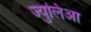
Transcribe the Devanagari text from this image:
ज्युलिआ